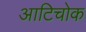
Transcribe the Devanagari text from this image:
आटिचोक